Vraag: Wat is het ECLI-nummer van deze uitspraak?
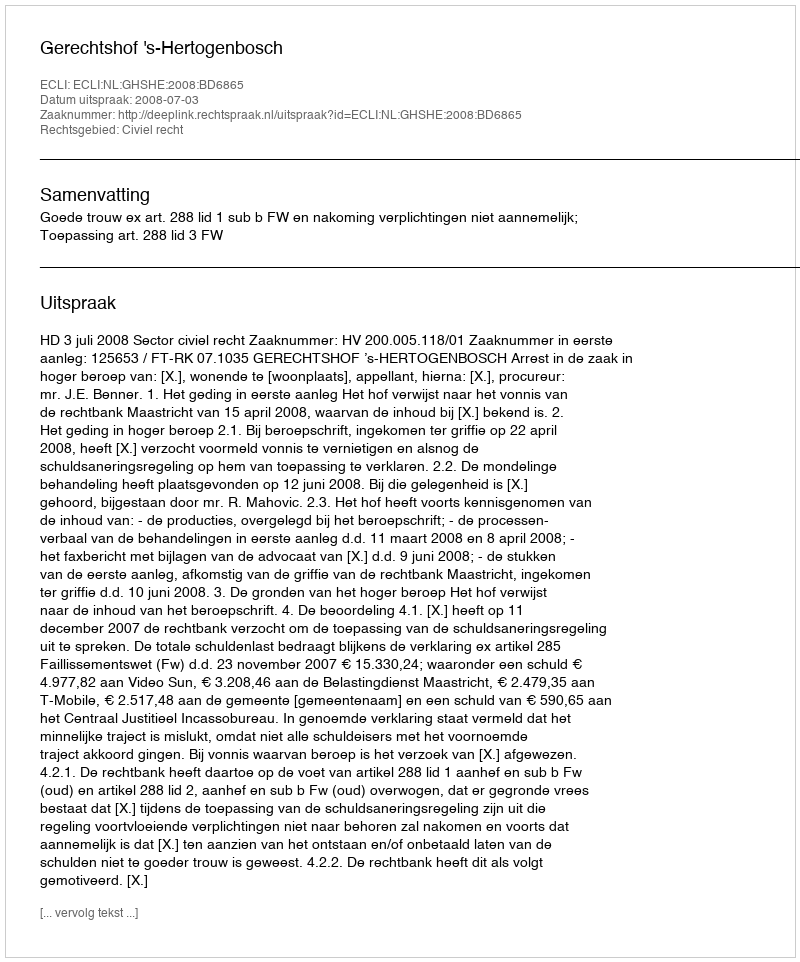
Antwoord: ECLI:NL:GHSHE:2008:BD6865